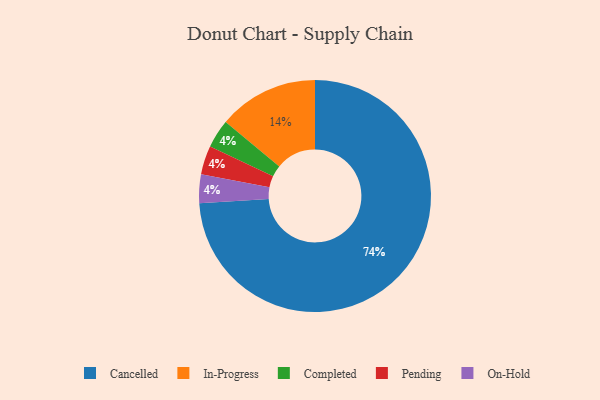
{"axis": {"x": "Category", "y": "Percentage"}, "legend": ["Cancelled", "Completed", "In-Progress", "On-Hold", "Pending"], "data": [{"x": "In-Progress", "y": 14, "type": "In-Progress"}, {"x": "Completed", "y": 4, "type": "Completed"}, {"x": "Pending", "y": 4, "type": "Pending"}, {"x": "On-Hold", "y": 4, "type": "On-Hold"}, {"x": "Cancelled", "y": 74, "type": "Cancelled"}]}